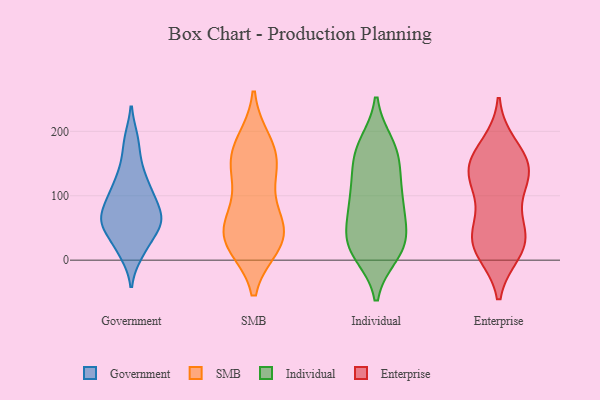
{"axis": {"x": "Active Users", "y": "Value"}, "legend": ["Enterprise", "Government", "Individual", "SMB"], "data": [{"x": "", "y": 103, "type": "Government"}, {"x": "", "y": 62, "type": "Government"}, {"x": "", "y": 28, "type": "Government"}, {"x": "", "y": 90, "type": "Government"}, {"x": "", "y": 145, "type": "Government"}, {"x": "", "y": 58, "type": "Government"}, {"x": "", "y": 61, "type": "Government"}, {"x": "", "y": 10, "type": "Government"}, {"x": "", "y": 61, "type": "Government"}, {"x": "", "y": 187, "type": "Government"}, {"x": "", "y": 115, "type": "Government"}, {"x": "", "y": 171, "type": "SMB"}, {"x": "", "y": 182, "type": "SMB"}, {"x": "", "y": 145, "type": "SMB"}, {"x": "", "y": 41, "type": "SMB"}, {"x": "", "y": 25, "type": "SMB"}, {"x": "", "y": 46, "type": "SMB"}, {"x": "", "y": 160, "type": "SMB"}, {"x": "", "y": 87, "type": "SMB"}, {"x": "", "y": 25, "type": "SMB"}, {"x": "", "y": 133, "type": "SMB"}, {"x": "", "y": 33, "type": "SMB"}, {"x": "", "y": 54, "type": "SMB"}, {"x": "", "y": 33, "type": "Individual"}, {"x": "", "y": 147, "type": "Individual"}, {"x": "", "y": 126, "type": "Individual"}, {"x": "", "y": 180, "type": "Individual"}, {"x": "", "y": 27, "type": "Individual"}, {"x": "", "y": 27, "type": "Individual"}, {"x": "", "y": 19, "type": "Individual"}, {"x": "", "y": 47, "type": "Individual"}, {"x": "", "y": 171, "type": "Individual"}, {"x": "", "y": 157, "type": "Individual"}, {"x": "", "y": 75, "type": "Individual"}, {"x": "", "y": 75, "type": "Individual"}, {"x": "", "y": 108, "type": "Individual"}, {"x": "", "y": 10, "type": "Individual"}, {"x": "", "y": 89, "type": "Individual"}, {"x": "", "y": 98, "type": "Individual"}, {"x": "", "y": 10, "type": "Individual"}, {"x": "", "y": 179, "type": "Individual"}, {"x": "", "y": 149, "type": "Enterprise"}, {"x": "", "y": 42, "type": "Enterprise"}, {"x": "", "y": 177, "type": "Enterprise"}, {"x": "", "y": 148, "type": "Enterprise"}, {"x": "", "y": 18, "type": "Enterprise"}, {"x": "", "y": 94, "type": "Enterprise"}, {"x": "", "y": 129, "type": "Enterprise"}, {"x": "", "y": 20, "type": "Enterprise"}, {"x": "", "y": 42, "type": "Enterprise"}, {"x": "", "y": 42, "type": "Enterprise"}, {"x": "", "y": 14, "type": "Enterprise"}, {"x": "", "y": 129, "type": "Enterprise"}, {"x": "", "y": 161, "type": "Enterprise"}, {"x": "", "y": 127, "type": "Enterprise"}]}